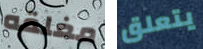
مغلقه يتعلق